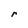
Character: r